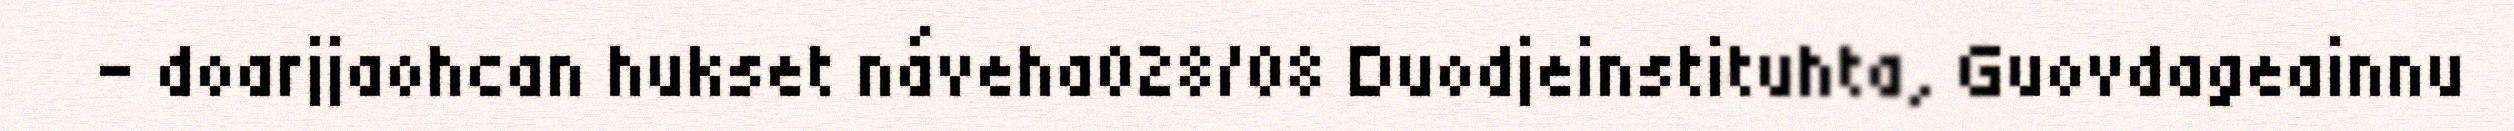
- doarjjaohcan hukset náveha028/08 Duodjeinstituhta, Guovdageainnu